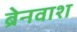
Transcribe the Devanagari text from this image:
ब्रेनवाश